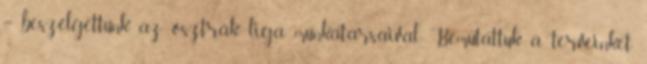
– beszélgettünk az osztrák liga munkatársaival. Bemutattuk a terveinket